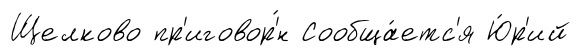
Щелково пр'иговор'́н Сообща́етс'я Ю́р'ий